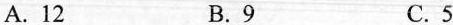
A.12 B. 9 C. 5